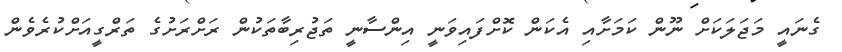
ގެނައީ މަޖަލަކަށް ނޫން ކަމަށާއި އެކަން ކޮށްފައިވަނީ އިންސާނީ ތަޖުރިބާތަކުން ރަށްރަށުގެ ތަރްގީއަށްކުރެވެން